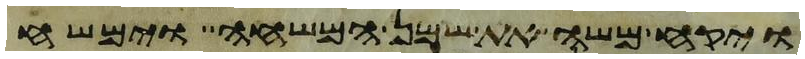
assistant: ויקח משה את שמן המשחה וימשח